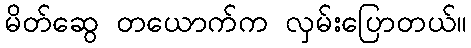
မိတ်ဆွေ တယောက်က လှမ်းပြောတယ်။